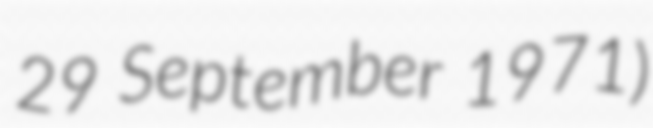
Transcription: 29 September 1971)